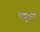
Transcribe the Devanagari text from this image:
पशुकर्म